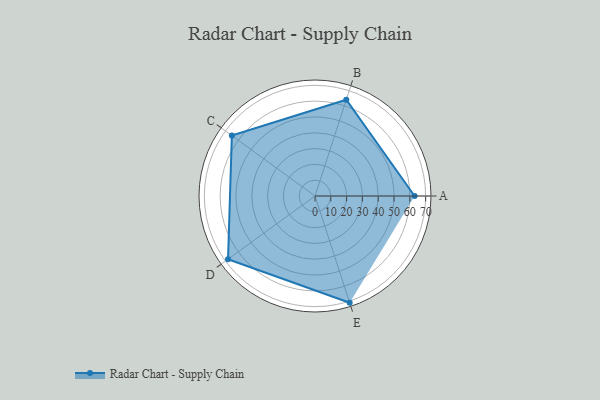
{"axis": {"x": "Skill", "y": "Score"}, "legend": ["Profile"], "data": [{"x": "A", "y": 63.0, "type": "Profile"}, {"x": "B", "y": 64.0, "type": "Profile"}, {"x": "C", "y": 65.0, "type": "Profile"}, {"x": "D", "y": 68.0, "type": "Profile"}, {"x": "E", "y": 71.0, "type": "Profile"}]}